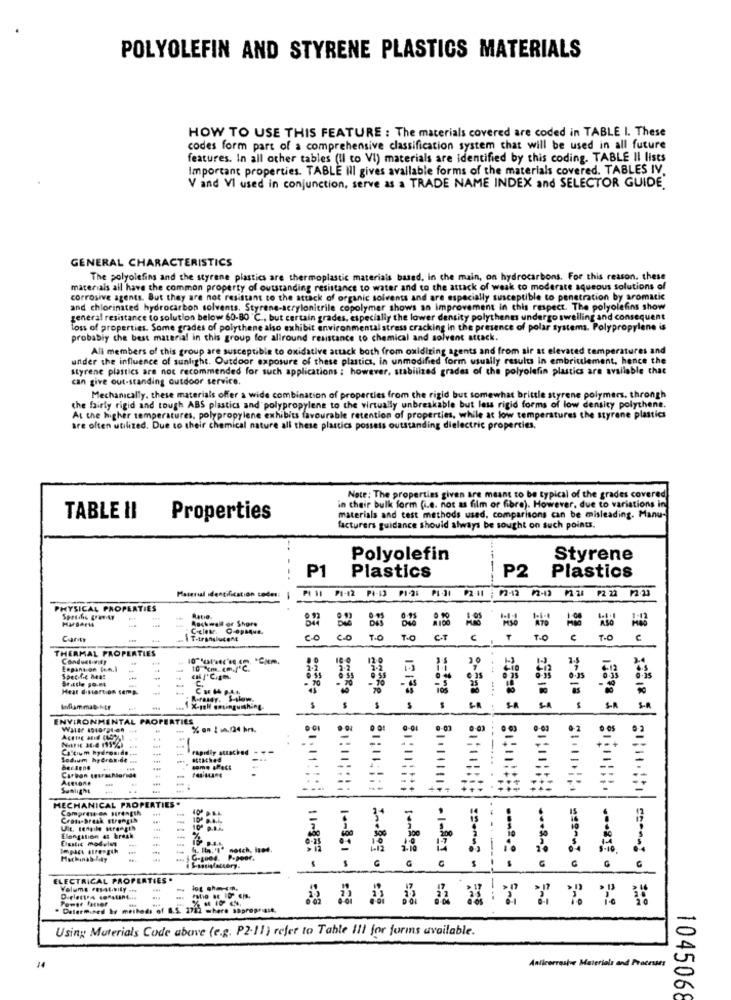
POLYOLEFIN AND STYRENE PLASTICS MATERIALS
HOW TO USE THIS FEATURE : The materials covered are coded in TABLE I. These
codes form part of a comprehensive classification system that will be used in all future
features. In all other tables (Il co VI) materials are identified by this coding. TABLE Il lists
Important properties. TABLE ill gives available forms of the materials covered. TABLES IV.
V and VI used in conjunction, serve as a TRADE NAME INDEX and SELECTOR GUIDE
GENERAL CHARACTERISTICS
The polyolefins and the styrene plastics are thermoplastic materials based. in che main, on hydrocarbons. For this reason, these
materials all have the common property of outstanding resistance to water and to the attack of weak to moderate aqueous solutions of
corrosive agents. But they are not resistant to the attack of organic solvents and are especially susceptible to penetration by aromatic
and chlorinated hydrocarbon solvents. Styrene-acrylonitrile copolymer shows an improvement in this respect. The polyolefins show
general resistance to solution below 60-80 ℃ ., but certain grades, especially the lower density polythene undergo swelling and consequent
loss of properties. Some grades of polythene also exhibit environmental stress cracking In the presence of polar systems. Polypropylene is
probably the best material in this group for allround resistance to chemical and solvent attack.
All members of this group are susceptible to oxidative attack both from oxidizing agents and from air at elevated temperatures and
under the influence of sunlight. Outdoor exposure of these plastics, in unmodified form usually results in embriulement, hence the
styrene plastics are not recommended for such applications ; however, stabilized grades of the polyolefin plastics are available that
can give out-standing outdoor service.
Mechanically. these materials offer a wide combination of properties from the rigid but somewhat brittle styrene polymers, throngh
the fairly rigid and tough ABS plastics and polypropylene to the virtually unbreakable but less rigid forms of low density polythene.
At the higher temperatures, polypropylene exhibits favourable retention of properties, while at low temperatures the styrene plastics
are often utilized. Due to their chemical nature all these plastics possess outstanding dielectric properties.
Note: The properties given are meant to be typical of the grades covered
in their bulk form (i.e. not as film or fibre). However, due to variations in
TABLE II
Properties
materials and test methods used, comparisons can be misleading. Manu-
facturers guidance should always be sought on such points.
Polyolefin
Styrene
P1
Plastics
P2
Plastics
Material identification codes:
PI 11 PI-42 P4-13 P1-26
P1.31 92-11 ; 12-13 12-13 /1 31 P2 22 12.23
PHYSICAL PROPERTIES
Auchwe'd of Shore
=
Cary
T-translucent
CO
C.O
T.O
T.O
C.T
€
T.O
. c
THERMAL PROPERTIES
Expansion fen.l
10 %m. m.C
Specifie ha!
Bratle po-et
Hest disort of temp.
R-fasdr. $-slow.
Inflammat- str
1 X-19H desinguithing.
23518 3
S-R
S-A
ENVIRONMENTAL PROPERTIES
% on ! . (24 hr.
. .
Calcium hydroxide ...
rapidly attached
-
Sodium hydrox.of ms
Carbon seurachloride
Acetone
Sunlight
MECHANICAL PROPERTIES.
Comprese en HIPEREIR
Croto break strength
Ult. tensile strength
10.at
Elongation &t break
Elastic modvist
10-311 -
ELECTRICAL PROPERTIES .
Volume Fest.bily ...
Power factor
=?
Determined by methods of 1.5. 2752 where sapropriast.
Using Materials Code above (e.g. P2.11) refer to Table Il! for forms available.
Anticorrosive Materials and Processes
14
a
104506